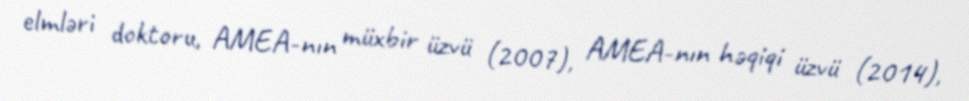
elmləri doktoru, AMEA-nın müxbir üzvü (2007), AMEA-nın həqiqi üzvü (2014),